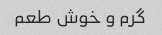
گرم و خوش طعم